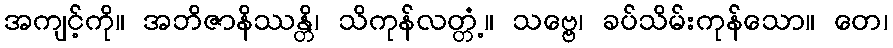
အကျင့်ကို။ အဘိဇာနိဿန္တိ၊ သိကုန်လတ္တံ့။ သဗ္ဗေ၊ ခပ်သိမ်းကုန်သော။ တေ၊